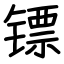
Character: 镖